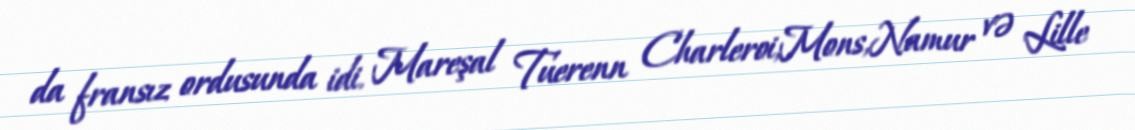
da fransız ordusunda idi. Mareşal Tuerenn Charleroi,Mons,Namur və Lille